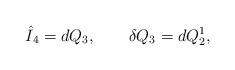
LaTeX: \begin{align*}\hat{I}_4 = d Q_3, \qquad \delta Q_3 = d Q_2^1,\end{align*}